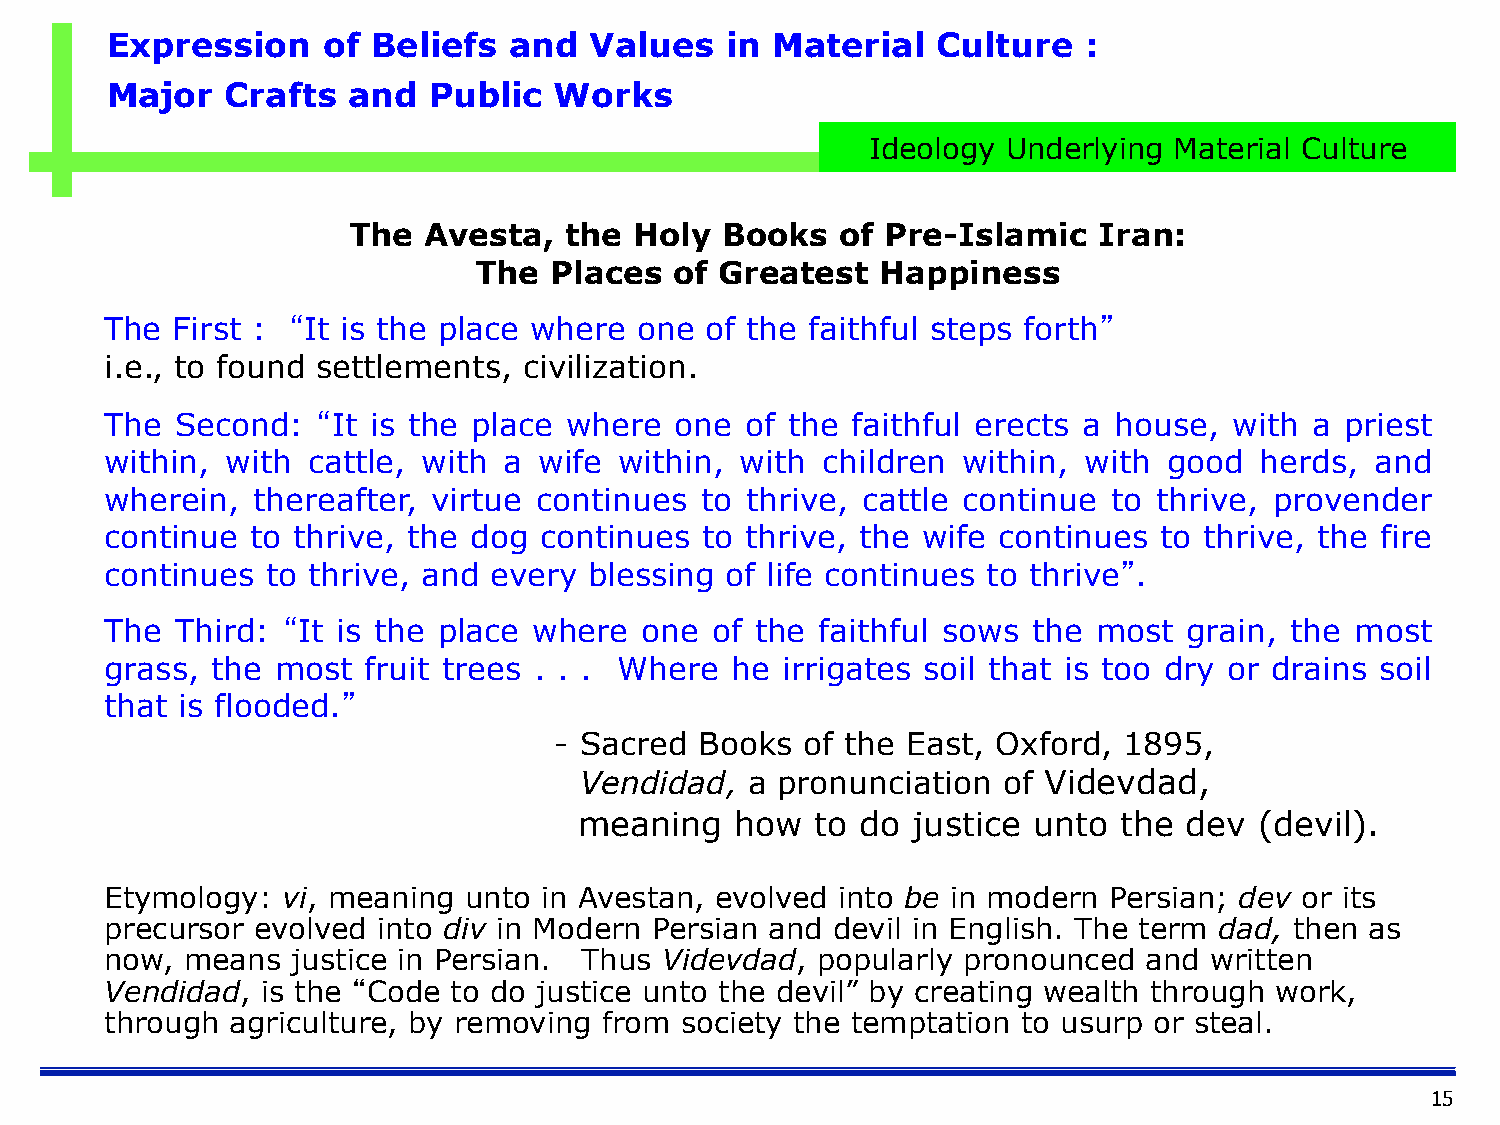
Expression    of  Beliefs  and  Values   in Material   Culture   :
 Major   Crafts  and  Public   Works
 IdeologIyd Ueonldoegryly ainngd MMaatteerriiaall CCuullttuurree
 The  Avesta,  the  Holy  Books   of Pre-Islamic   Iran:
 The  Places   of Greatest  Happiness
 The First : “It is the place where one  of the faithful steps forth”
 i.e., to found settlements, civilization.
 The  Second:  “It is the place where  one of the faithful erects a house,  with a priest
 within, with cattle, with a  wife within, with children  within, with good  herds,  and
 wherein,  thereafter, virtue continues to thrive, cattle continue  to thrive, provender
 continue  to thrive, the dog continues  to thrive, the wife continues to thrive, the fire
 continues  to thrive, and every blessing of life continues to thrive”.
 The  Third: “It is the place where  one of the faithful sows the  most  grain, the most
 grass, the most  fruit trees . . . Where he  irrigates soil that is too dry or drains soil
 that is flooded.”
 - Sacred Books  of the East, Oxford, 1895,
 Vendidad,   a pronunciation of Videvdad,
 meaning    how  to do justice unto  the  dev (devil).
 Etymology:  vi, meaning unto in Avestan, evolved into be in modern Persian; dev or its
 precursor evolved into div in Modern Persian and devil in English. The term dad, then as
 now, means  justice in Persian. Thus Videvdad, popularly pronounced  and written
 Vendidad, is the “Code to do justice unto the devil” by creating wealth through work,
 through agriculture, by removing from society the temptation to usurp or steal.
 15